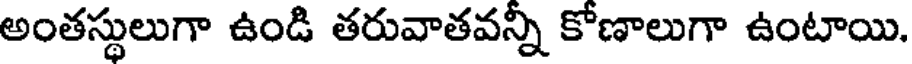
అంతస్థులుగా ఉండి తరువాతవన్నీ కోణాలుగా ఉంటాయి.